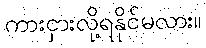
ကားငှားလို့ရနိုင်မလား။